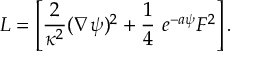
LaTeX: L = \left[ { \frac { 2 } { \kappa ^ { 2 } } } ( \nabla \psi ) ^ { 2 } + { \frac { 1 } { 4 } } \ e ^ { - a \psi } F ^ { 2 } \right] .